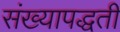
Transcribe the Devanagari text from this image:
संख्यापद्धती